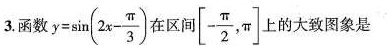
3.函数 $$y = \sin ( 2 x - \frac { π } { 3 } )$$ 在区间[- \frac{π}{2}, π]上的大致图象是